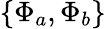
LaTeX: \{ \Phi_{a},\Phi_{b}\}